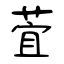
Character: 萓